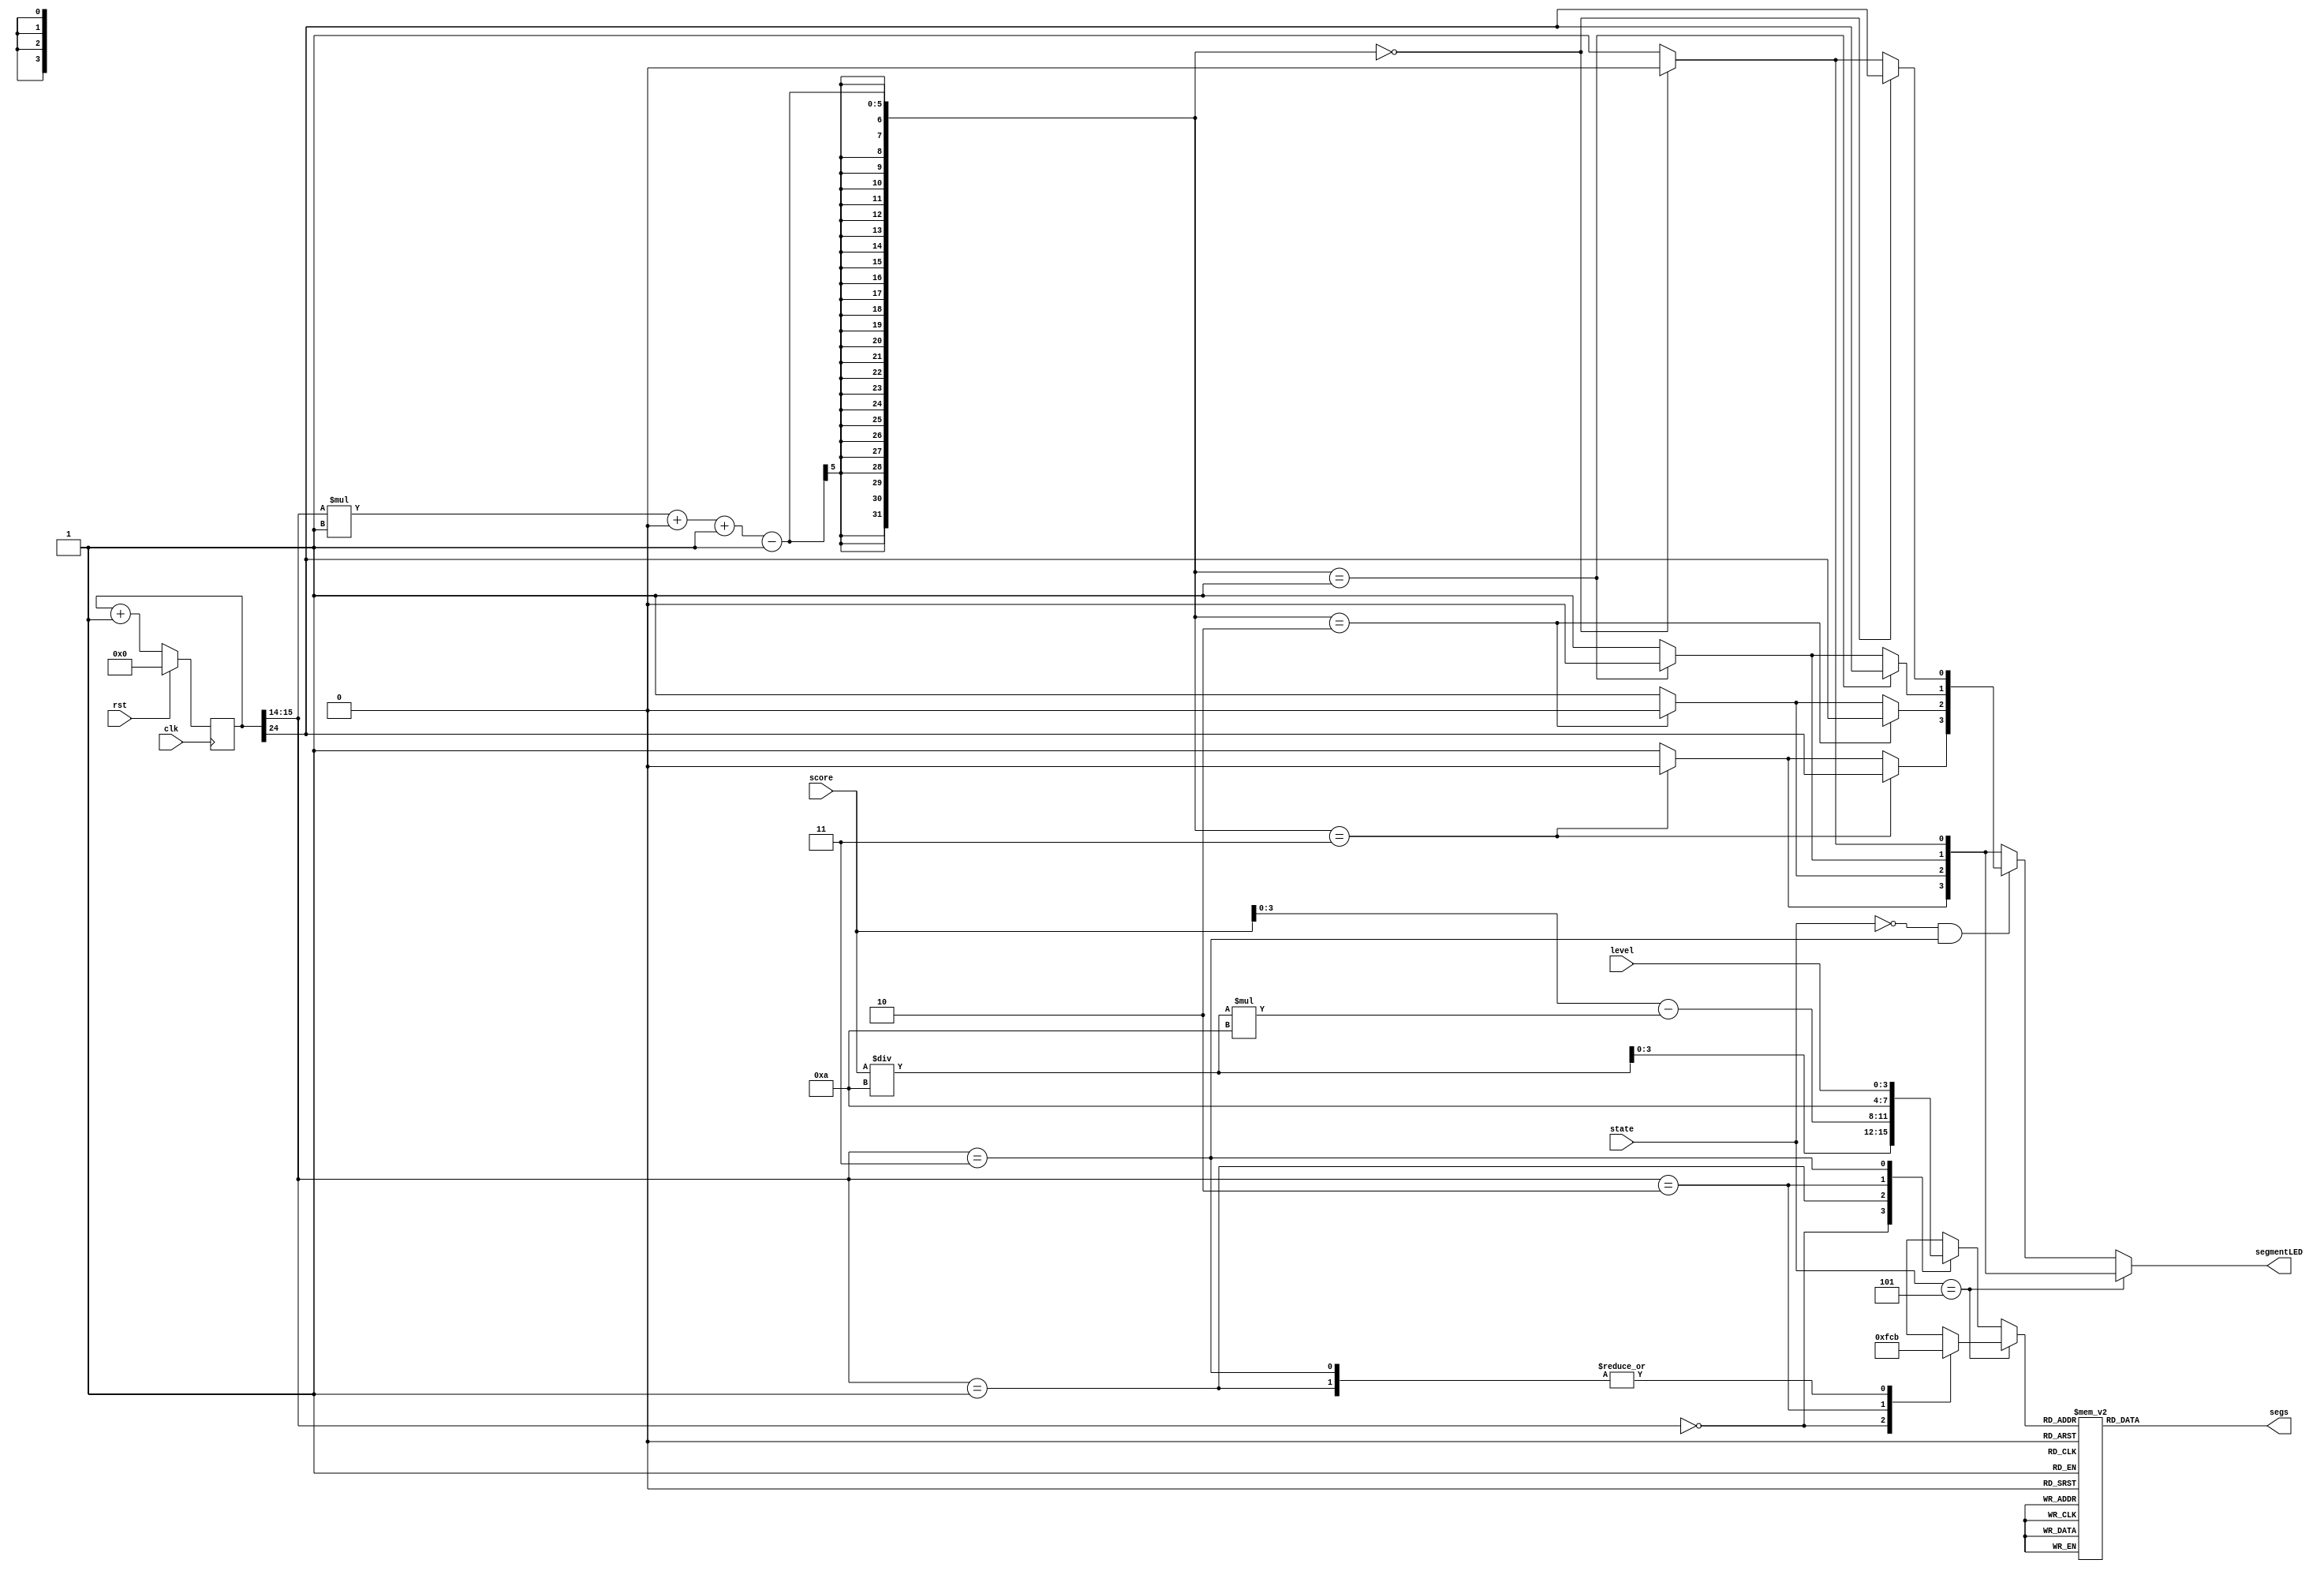
/*
   This file was generated automatically by the Mojo IDE version B1.3.5.
   Do not edit this file directly. Instead edit the original Lucid source.
   This is a temporary file and any changes made to it will be destroyed.
*/

module seven_seg_4 (
    input clk,
    input rst,
    input [2:0] state,
    input [5:0] score,
    input [3:0] level,
    output reg [6:0] segs,
    output reg [3:0] segmentLED
  );
  
  
  
  reg [29:0] M_counter_d, M_counter_q = 1'h0;
  
  reg [1:0] n;
  
  reg [3:0] char;
  
  always @* begin
    M_counter_d = M_counter_q;
    
    n = M_counter_q[14+1-:2];
    M_counter_d = M_counter_q + 1'h1;
    segmentLED[0+3-:4] = 4'hf;
    segmentLED[(n)*1+0-:1] = 1'h0;
    if (state == 3'h5) begin
      
      case (n)
        1'h0: begin
          char = 4'hf;
        end
        1'h1: begin
          char = 4'hb;
        end
        2'h2: begin
          char = 4'hc;
        end
        2'h3: begin
          char = 4'hb;
        end
      endcase
    end else begin
      if (state == 1'h0 & n == 2'h3) begin
        segmentLED[(n)*1+0-:1] = M_counter_q[24+0-:1];
      end
      
      case (n)
        1'h0: begin
          char = score / 4'ha;
        end
        1'h1: begin
          char = score - (score / 4'ha) * 4'ha;
        end
        2'h2: begin
          char = 4'ha;
        end
        2'h3: begin
          char = level;
        end
        default: begin
          char = 1'h0;
        end
      endcase
    end
    
    case (char)
      1'h0: begin
        segs = 7'h3f;
      end
      1'h1: begin
        segs = 7'h06;
      end
      2'h2: begin
        segs = 7'h5b;
      end
      2'h3: begin
        segs = 7'h4f;
      end
      3'h4: begin
        segs = 7'h66;
      end
      3'h5: begin
        segs = 7'h6d;
      end
      3'h6: begin
        segs = 7'h7d;
      end
      3'h7: begin
        segs = 7'h07;
      end
      4'h8: begin
        segs = 7'h7f;
      end
      4'h9: begin
        segs = 7'h67;
      end
      4'ha: begin
        segs = 7'h38;
      end
      4'hb: begin
        segs = 7'h6e;
      end
      4'hc: begin
        segs = 7'h77;
      end
      4'hf: begin
        segs = 7'h00;
      end
      default: begin
        segs = 7'h7f;
      end
    endcase
  end
  
  always @(posedge clk) begin
    if (rst == 1'b1) begin
      M_counter_q <= 1'h0;
    end else begin
      M_counter_q <= M_counter_d;
    end
  end
  
endmodule